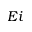
E i